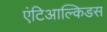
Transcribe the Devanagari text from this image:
एंटिआल्किडस